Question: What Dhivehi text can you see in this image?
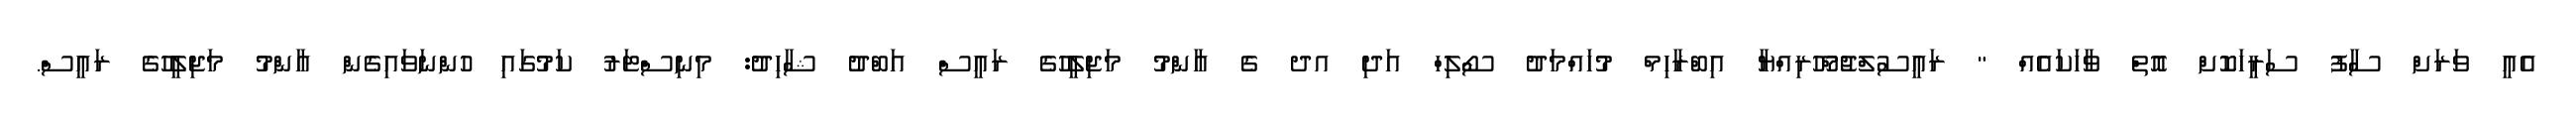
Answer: އެއީ ވަރަށް ސާފު ސަރީހަކޮށް އޮތް ވާހަކައެއް " ރައީސުލްޖުމްހޫރިއްޔާ އިބްރާހިމް މުހައްމަދު ސޯލިހް އަދި އދ ގެ އާންމު މަޖިލީހުގެ ރައީސް އަބްދު ޝާހިދު: މިނިސްޓަރު ކަމުގައި ހުންނަވައިގެން އާންމު މަޖިލީހުގެ ރައީސް.